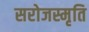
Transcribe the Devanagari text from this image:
सरोजस्मृति